Vaccination in the Punjab 1883-1896 - 1883-1896
Year: 1883
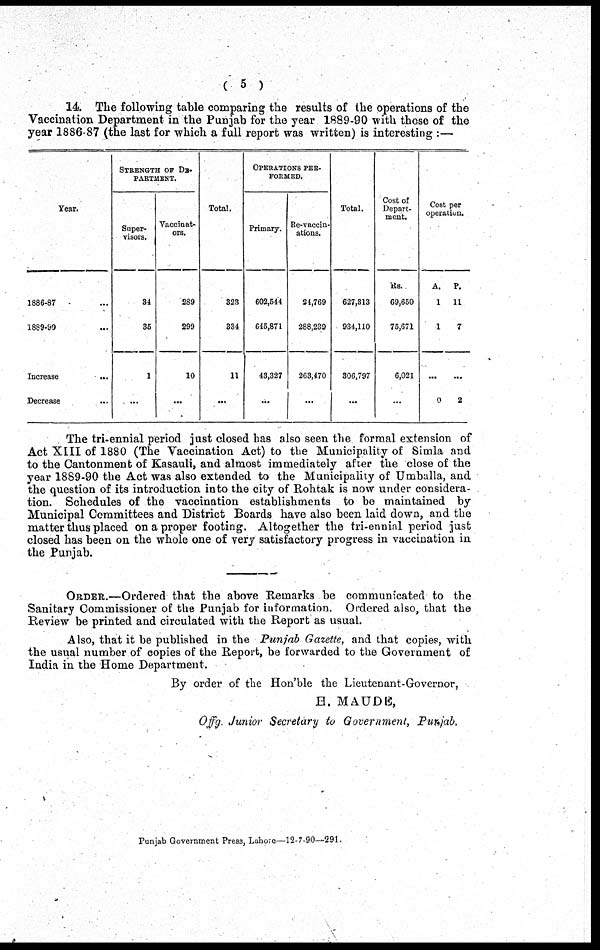
( 5 )
14. The following table comparing the results of the operations of the
Vaccination Department in the Punjab for the year 1889-90 with those of the
year 1886-87 (the last for which a full report was written) is interesting :—
Year.
1886-87 ...
1889-90 ...
Increase
...
Decrease ...
STRENGTH OF DE¬
PARTMENT.
Super-
visors.
34
35
1
...
Vaccinat-
ors.
289
299
10
...
Total.
323
334
11
...
OPERATIONS PER¬
-------
Primary.
602,544
645,871
43,327
...
Re-vaccin-
ations.
24,769
288,239
263,470
...
Total.
627,313
934,110
306,797
...
Cost of
Depart-
ment.
Rs.
69,650
75,671
6,021
...
Cost per
operation.
A.
1
1
...
0
P.
11
7
...
2
The tri-ennial period just closed has also seen the formal extension of
Act XIII of 1880 (The Vaccination Act) to the Municipality of Simla and
to the Cantonment of Kasauli, and almost immediately after the close of the
year 1889-90 the Act was also extended to the Municipality of Umballa, and
the question of its introduction into the city of Rohtak is now under considera-
tion. Schedules of the vaccination establishments to be maintained by
Municipal Committees and District Boards have also been laid down, and the
matter thus placed on a proper footing. Altogether the tri-ennial period just
closed has been on the whole one of very satisfactory progress in vaccination in
the Punjab.
ORDER.—Ordered that the above Remarks be communicated to the
Sanitary Commissioner of the Punjab for information. Ordered also, that the
Review be printed and circulated with the Report as usual.
Also, that it be published in the Punjab Gazette, and that copies, with
the usual number of copies of the Report, be forwarded to the Government of
India in the Home Department.
By order of the Hon'ble the Lieutenant-Governor,
H. MAUDE,
Offg. Junior Secretary to Government, Punjab.
Punjab Government Press, Lahore—12-7-90—291.